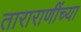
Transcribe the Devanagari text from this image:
ताराराणींच्या